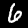
Label: 6